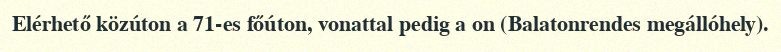
Elérhető közúton a 71-es főúton, vonattal pedig a on (Balatonrendes megállóhely).